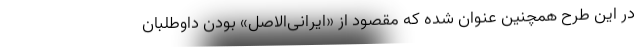
در این طرح همچنین عنوان شده که مقصود از «ایرانی‌الاصل» بودن داوطلبان